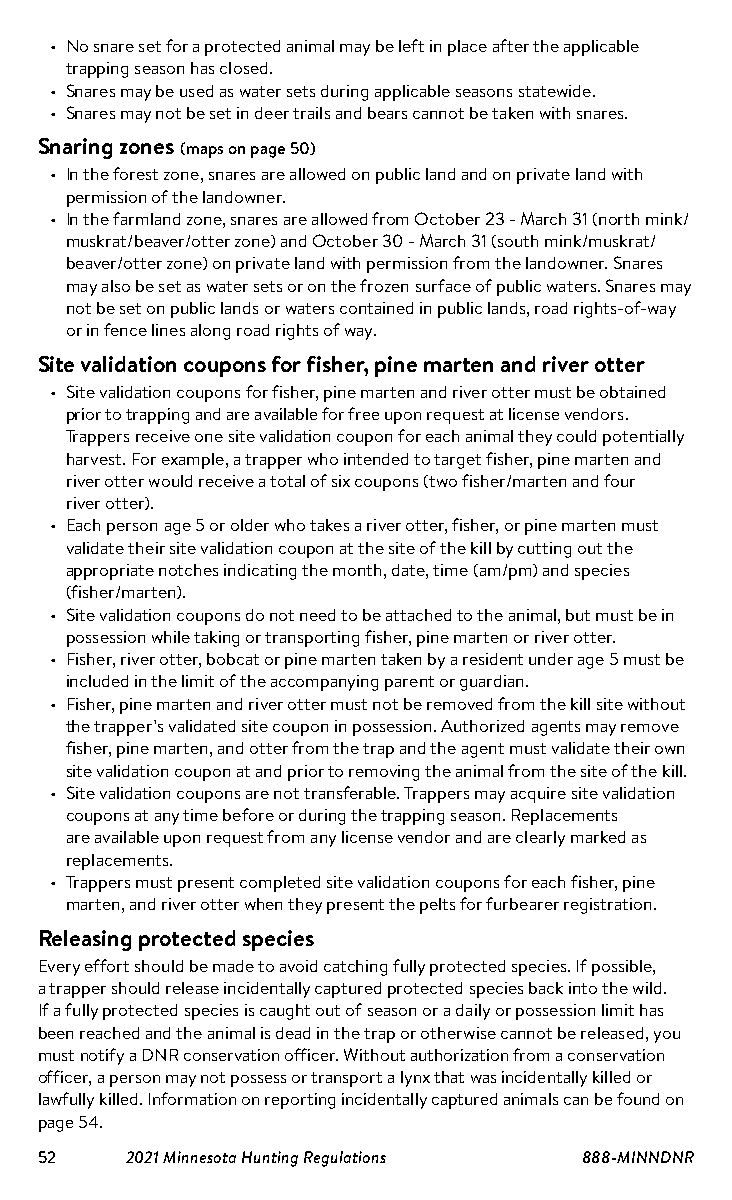
• No snare set for a protected animal may be left in place after the applicable
 trapping season has closed.
 • Snares may be used as water sets during applicable seasons statewide.
 • Snares may not be set in deer trails and bears cannot be taken with snares.
 Snaring zones (maps on page 50)
 • In the forest zone, snares are allowed on public land and on private land with
 permission of the landowner.
 • In the farmland zone, snares are allowed from October 23 - March 31 (north mink/
 muskrat/beaver/otter zone) and October 30 - March 31 (south mink/muskrat/
 beaver/otter zone) on private land with permission from the landowner. Snares
 may also be set as water sets or on the frozen surface of public waters. Snares may
 not be set on public lands or waters contained in public lands, road rights-of-way
 or in fence lines along road rights of way.
 Site validation coupons for fisher, pine marten and river otter
 • Site validation coupons for fisher, pine marten and river otter must be obtained
 prior to trapping and are available for free upon request at license vendors.
 Trappers receive one site validation coupon for each animal they could potentially
 harvest. For example, a trapper who intended to target fisher, pine marten and
 river otter would receive a total of six coupons (two fisher/marten and four
 river otter).
 • Each person age 5 or older who takes a river otter, fisher, or pine marten must
 validate their site validation coupon at the site of the kill by cutting out the
 appropriate notches indicating the month, date, time (am/pm) and species
 (fisher/marten).
 • Site validation coupons do not need to be attached to the animal, but must be in
 possession while taking or transporting fisher, pine marten or river otter.
 • Fisher, river otter, bobcat or pine marten taken by a resident under age 5 must be
 included in the limit of the accompanying parent or guardian.
 • Fisher, pine marten and river otter must not be removed from the kill site without
 the trapper’s validated site coupon in possession. Authorized agents may remove
 fisher, pine marten, and otter from the trap and the agent must validate their own
 site validation coupon at and prior to removing the animal from the site of the kill.
 • Site validation coupons are not transferable. Trappers may acquire site validation
 coupons at any time before or during the trapping season. Replacements
 are available upon request from any license vendor and are clearly marked as
 replacements.
 • Trappers must present completed site validation coupons for each fisher, pine
 marten, and river otter when they present the pelts for furbearer registration.
 Releasing protected species
 Every effort should be made to avoid catching fully protected species. If possible,
 a trapper should release incidentally captured protected species back into the wild.
 If a fully protected species is caught out of season or a daily or possession limit has
 been reached and the animal is dead in the trap or otherwise cannot be released, you
 must notify a DNR conservation officer. Without authorization from a conservation
 officer, a person may not possess or transport a lynx that was incidentally killed or
 lawfully killed. Information on reporting incidentally captured animals can be found on
 page 54.
 52    2021 Minnesota Hunting Regulations 888-MINNDNR